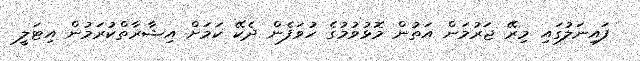
ފައިނަލުގައި މިރޭ ޖަރުމަން އަތުން މޮޅުވުމުގެ ހުވަފެން ދެކޭ ކަމަށް އިޝާރާތްކުރަމުން އިޓަލީ